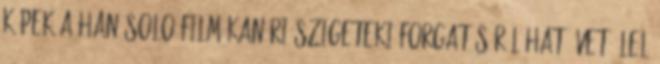
Képek a Han Solo-film kanári-szigeteki forgatásáról Hat évet ölel